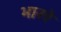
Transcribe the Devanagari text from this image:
भाखे